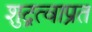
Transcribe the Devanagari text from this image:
शुद्रत्वाप्रत